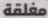
مغلقة